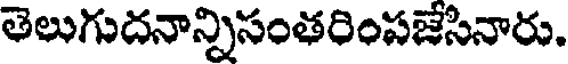
తెలుగుదనాన్నిసంతరింపజేసినారు.